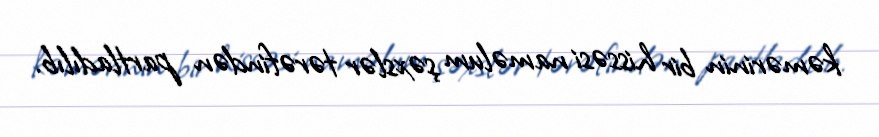
kəmərinin bir hissəsi naməlum şəxslər tərəfindən partladılıb.